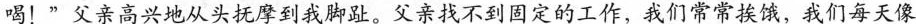
喝！”父亲高兴地从头抚摩到我脚趾。父亲找不到固定的工作，我们常常挨饿，我们每天像